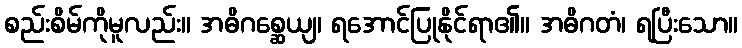
စည်းစိမ်ကိုမူလည်း။ အဓိဂစ္ဆေယျ၊ ရအောင်ပြုနိုင်ရာ၏။ အဓိဂတံ၊ ရပြီးသော။